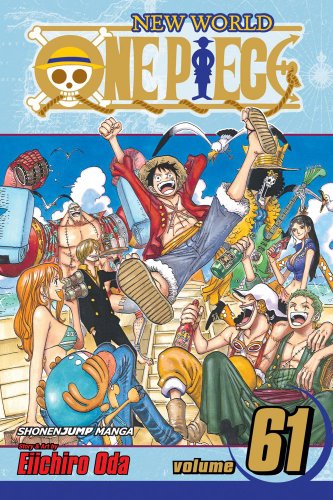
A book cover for One Piece, Vol. 61; Eiichiro Oda; Teen & Young Adult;